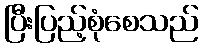
ပြီးပြည့်စုံစေသည်